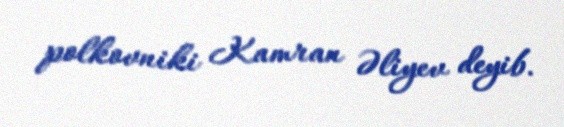
polkovniki Kamran Əliyev deyib.